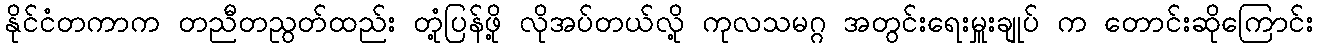
နိုင်ငံတကာက တညီတညွတ်ထည်း တုံ့ပြန်ဖို့ လိုအပ်တယ်လို့ ကုလသမဂ္ဂ အတွင်းရေးမှူးချုပ် က တောင်းဆိုကြောင်း